Lunatic asylums Burma 1907-21 - 1907-1921
Year: 1907
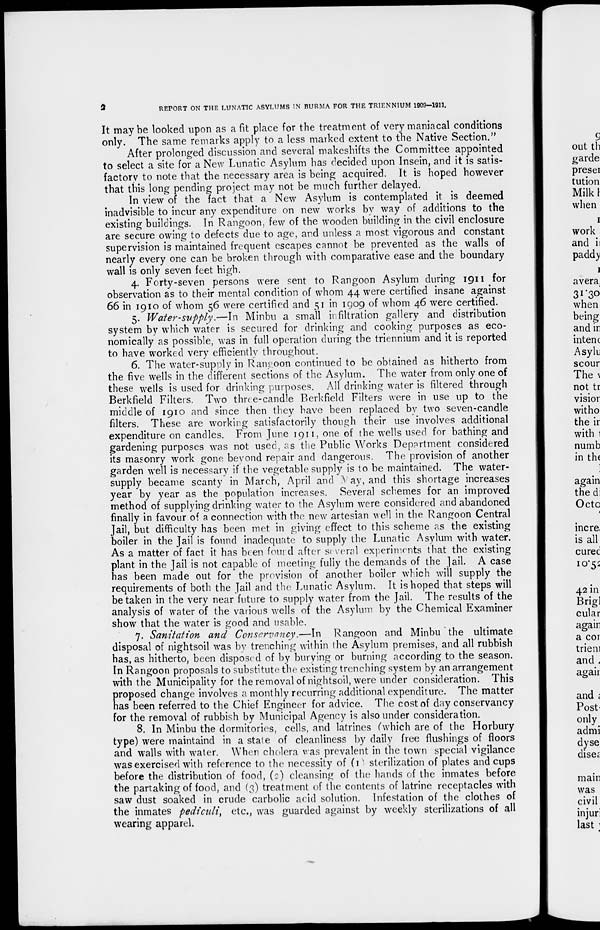
2
REPORT ON THE LUNATIC ASYLUMS IN BURMA FOR THE TRIENNIUM 1909—1911.
It may be looked upon as a fit place for the treatment of very maniacal conditions
only. The same remarks apply to a less marked extent to the Native Section."
After prolonged discussion and several makeshifts the Committee appointed
to select a site for a New Lunatic Asylum has decided upon Insein, and it is satis-
factory to note that the necessary area is being acquired. It is hoped however
that this long pending project may not be much further delayed.
In view of the fact that a New Asylum is contemplated it is deemed
inadvisible to incur any expenditure on new works by way of additions to the
existing buildings. In Rangoon, few of the wooden building in the civil enclosure
are secure owing to defects due to age, and unless a most vigorous and constant
supervision is maintained frequent escapes cannot be prevented as the walls of
nearly every one can be broken through with comparative ease and the boundary
wall is only seven feet high.
4. Forty-seven persons were sent to Rangoon Asylum during 1911 for
observation as to their mental condition of whom 44 were certified insane against
66 in 1910 of whom 56 were certified and 51 in 1909 of whom 46 were certified.
5. Water-supply.—In
Minbu a small infiltration gallery and distribution
system by which water is secured for drinking and cooking purposes as eco-
nomically as possible, was in full operation during the triennium and it is reported
to have worked very efficiently throughout.
6. The water-supply in Rangoon continued to be obtained as hitherto from
the five wells in the different sections of the Asylum. The water from only one of
these wells is used for drinking purposes. All drinking water is filtered through
Berkfield Filters. Two three-candle Berkfield Filters were in use up to the
middle of 1910 and since then they have been replaced by two seven-candle
filters. These are working satisfactorily though their use involves additional
expenditure on candles. From June 1911, one of the wells used for bathing and
gardening purposes was not used, as the Public Works Department considered
its masonry work gone beyond repair and dangerous. The provision of another
garden well is necessary if the vegetable supply is to be maintained. The water-
supply became scanty in March, April and May, and this shortage increases
year by year as the population increases. Several schemes for an improved
method of supplying drinking water to the Asylum were considered and abandoned
finally in favour of a connection with the new artesian well in the Rangoon Central
Jail, but difficulty has been met in giving effect to this scheme as the existing
boiler in the Jail is found inadequate to supply the Lunatic Asylum with water.
As a matter of fact it has been found after several experiments that the existing
plant in the Jail is not capable of meeting fully the demands of the Jail. A case
has been made out for the provision of another boiler which will supply the
requirements of both the Jail and the Lunatic Asylum. It is hoped that steps will
be taken in the very near future to supply water from the Jail. The results of the
analysis of water of the various wells of the Asylum by the Chemical Examiner
show that the water is good and usable.
7. Sanitation and Conservancy.—In
Rangoon and Minbu the ultimate
disposal of nightsoil was by trenching within the Asylum premises, and all rubbish
has, as hitherto, been disposed of by burying or burning according to the season.
In Rangoon proposals to substitute the existing trenching system by an arrangement
with the Municipality for the removal of nightsoil, were under consideration. This
proposed change involves a monthly recurring additional expenditure. The matter
has been referred to the Chief Engineer for advice. The cost of day conservancy
for the removal of rubbish by Municipal Agency is also under consideration.
8. In Minbu the dormitories, cells, and latrines (which are of the Horbury
type) were maintaind in a state of cleanliness by daily free flushings of floors
and walls with water. When cholera was prevalent in the town special vigilance
was exercised with reference to the necessity of (1) sterilization of plates and cups
before the distribution of food, (2) cleansing of the hands of the inmates before
the partaking of food, and (3) treatment of the contents of latrine receptacles with
saw dust soaked in crude carbolic acid solution. Infestation of the clothes of
the inmates pediculi, etc., was guarded against by weekly sterilizations of all
wearing apparel.